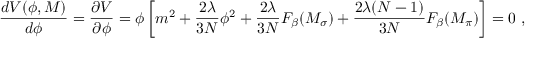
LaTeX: { \frac { d V ( \phi , M ) } { d \phi } } = { \frac { \partial V } { \partial \phi } } = \phi \left[ m ^ { 2 } + \frac { 2 \lambda } { 3 N } \phi ^ { 2 } + \frac { 2 \lambda } { 3 N } F _ { \beta } ( M _ { \sigma } ) + \frac { 2 \lambda ( N - 1 ) } { 3 N } F _ { \beta } ( M _ { \pi } ) \right] = 0 ~ ,